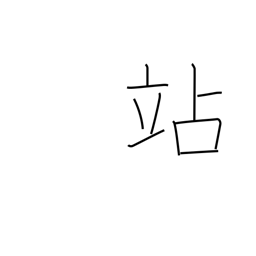
Meaning: halt